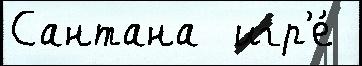
Сантана  игр'е́